Subject: eess
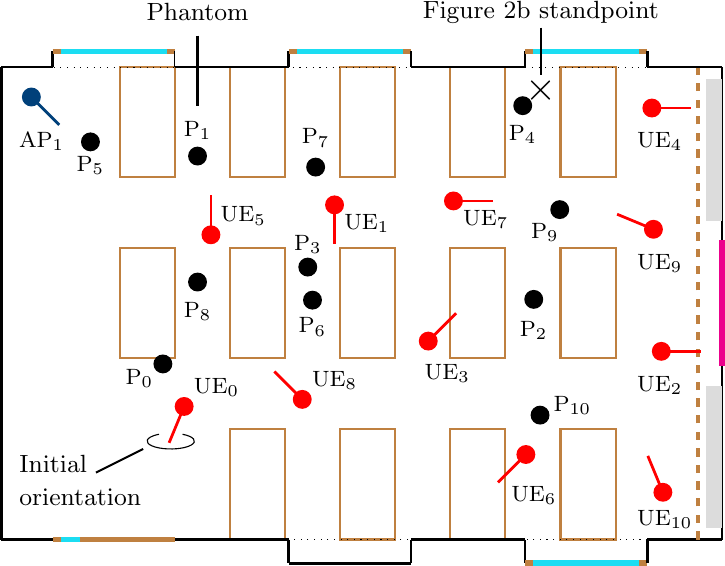
LaTeX code:
\begin{tikzpicture}[x=1cm, y=1cm]

\definecolor{blue1}{RGB}{0,64,122}
\definecolor{blue2}{RGB}{82,189,236}
\definecolor{red1}{RGB}{255, 0, 0} % - Adopted in Inkscape (looked best in
\definecolor{red2}{RGB}{238, 75, 43}
\definecolor{red3}{RGB}{220, 20, 60}

\definecolor{gray1}{RGB}{220,220,220}
\definecolor{gray2}{RGB}{140,140,140}
\definecolor{cyan1}{RGB}{27, 221, 242}
\definecolor{orange1}{RGB}{221,138,46}
\definecolor{orange2}{RGB}{232,179,3}
\definecolor{brown1}{RGB}{84,40,17}

\def\RoomLength{9.15}
\def\RoomWidth{6.00}
\def\SideWbWidth{1.80}
\def\WindowWidth{1.35}

\def\TableWidth{1.40}
\def\TableDepth{.70}
\def\TableSpacing{.70}
\def\TableOffset{1.50}
\def\EisleWidth{.90}

\def\OrientationOffset{180} % Calibrate 0 orientation to north

\def\NodeSize{0.12}

\tikzset{
    partial ellipse/.style args={#1:#2:#3}{
        insert path={+ (#1:#3) arc (#1:#2:#3)}
    }
}

\foreach \i in {0,...,4} {
    \def\y{2*\TableWidth + 2*\EisleWidth}
    \def\x{\TableOffset + \i * (\TableDepth + \TableSpacing)}
    \draw [line width=0.75, brown] ({\x}, {\y}) rectangle ++ (\TableDepth, \TableWidth);
}
\foreach \i in {0,...,4} {
    \def\y{\TableWidth + \EisleWidth}
    \def\x{\TableOffset + \i * (\TableDepth + \TableSpacing)}
    \draw [line width=0.75, brown] ({\x}, {\y}) rectangle ++ (\TableDepth, \TableWidth);
}
\foreach \i in {1,...,4} {
    \def\y{0}
    \def\x{\TableOffset + \i * (\TableDepth + \TableSpacing)}
    \draw [line width=0.75, brown] ({\x}, {\y}) rectangle ++ (\TableDepth, \TableWidth);
}

\draw [dotted] (0,0) rectangle ++ (\RoomLength, \RoomWidth);

\draw [line width=1.00, black] (0, 0) -- (0, \RoomWidth);

\draw [line width=1.00, black] (0, 0) -- (0.65, 0);
\draw [line width=2.00, brown] (0.65, 0) -- (0.75, 0);
\draw [line width=2.00, cyan1] (0.75, 0) -- (1.00, 0);
\draw [line width=2.00, brown] (1.00, 0) -- (1.10, 0);
\draw [line width=2.00, brown] (1.10, 0) -- (2.10, 0);
\draw [line width=2.00, brown] (2.10, 0) -- (2.20, 0);
\draw [line width=1.00, black] (2.20, 0) -- (3.65, 0);

\draw [line width=1.00, black] (3.65, 0) -- (3.65, -0.30);
\draw [line width=1.00, black] (3.65, -.30) -- (5.20, -0.30);
\draw [line width=1.00, black] (5.20, 0) -- (5.20, -0.30);

\draw [line width=1.00, black] (5.20, 0) -- (6.65, 0);
\draw [line width=1.00, black] (6.65, 0) -- (6.65, -0.30);
\draw [line width=2.00, brown](6.65, -0.30) -- (8.2, -0.30);
\draw [line width=2.00, cyan1] (6.75, -0.30) -- (8.1, -0.30);
\draw [line width=1.00, black] (8.2, 0) -- (8.2, -0.30);

\draw [line width=1.00, black] (8.2, 0) -- (\RoomLength, 0);

\draw [line width=1.00, black] (\RoomLength, 0) -- (\RoomLength, \RoomWidth);
\draw [line width=1.50, dashed, brown] (\RoomLength-0.30, 0) -- (\RoomLength-0.30, \RoomWidth);

\draw [line width=6.00, gray1] (\RoomLength-.10, .15) -- (\RoomLength-.10, {.15+\SideWbWidth});
\draw [line width=6.00, gray1] (\RoomLength-.10, \RoomWidth-.15) -- (\RoomLength-.10, {\RoomWidth-.15-\SideWbWidth});

\draw [line width=2.00, magenta] (\RoomLength, \RoomWidth-2.2) -- (\RoomLength, \RoomWidth-3.8);

\draw [line width=1.00, black] (0, \RoomWidth) -- (.65, \RoomWidth);

\draw [line width=1.00, black] (.65, \RoomWidth) -- (.65, \RoomWidth+.20);
\draw [line width=2.00, brown] (.65, \RoomWidth+.20) -- (2.2, \RoomWidth+.20);
\draw [line width=2.00, cyan1] (.75, \RoomWidth+.20) -- (2.10, \RoomWidth+.20);
\draw (2.2, \RoomWidth+.20) -- (2.2, \RoomWidth);

\draw [line width=1.00, black] (2.2, \RoomWidth) -- (3.65, \RoomWidth);

\draw [line width=1.00, black] (\RoomLength-5.50, \RoomWidth) -- (\RoomLength-5.50, \RoomWidth+0.20);
\draw [line width=2.00, brown] (\RoomLength-5.50, \RoomWidth+.20) -- (\RoomLength-3.95, \RoomWidth+.20);
\draw [line width=2.00, cyan1] (\RoomLength-5.40, \RoomWidth+.20) -- (\RoomLength-4.05, \RoomWidth+.20);
\draw [line width=1.00, black] (\RoomLength-3.95, \RoomWidth) -- (\RoomLength-3.95, \RoomWidth+.20);

\draw [line width=1.00, black] (\RoomLength-3.95, \RoomWidth) -- (\RoomLength-2.50, \RoomWidth);

\draw [line width=1.00, black] (\RoomLength-2.50, \RoomWidth) -- (\RoomLength-2.50, \RoomWidth+0.20);
\draw [line width=2.00, brown] (\RoomLength-2.50, \RoomWidth+0.20) -- (\RoomLength-.95, \RoomWidth+0.20);
\draw [line width=2.00, cyan1] (\RoomLength-2.40, \RoomWidth+0.20) -- (\RoomLength-1.05, \RoomWidth+0.20);
\draw [line width=1.00, black] (\RoomLength-.95, \RoomWidth) -- (\RoomLength-.95, \RoomWidth+0.20);

\draw [line width=1.00, black] (\RoomLength-.95, \RoomWidth) -- (\RoomLength, \RoomWidth);

\fill[black] (\RoomLength-7.10, 2.23) circle (\NodeSize);
\node[black] at (\RoomLength-7.40, 2.05) {\footnotesize P$_0$};

\fill[black] (\RoomLength-6.66, 4.87) circle (\NodeSize);
\node[black] at (\RoomLength-6.66, 5.2) {\footnotesize P$_1$};

\fill[black] (\RoomLength-2.39, 3.05) circle (\NodeSize);
\node[black] at (\RoomLength-2.39, 2.65) {\footnotesize P$_2$};

\fill[black] (\RoomLength-5.26, 3.46) circle (\NodeSize);
\node[black] at (\RoomLength-5.26, 3.75) {\footnotesize P$_3$};

\fill[black] (\RoomLength-2.53, 5.51) circle (\NodeSize);
\node[black] at (\RoomLength-2.53, 5.15) {\footnotesize P$_4$};

\fill[black] (\RoomLength-8.02, 5.05) circle (\NodeSize);
\node[black] at (\RoomLength-8.02, 4.75) {\footnotesize P$_5$};

\fill[black] (\RoomLength-5.20, 3.04) circle (\NodeSize);
\node[black] at (\RoomLength-5.20, 2.7) {\footnotesize P$_6$};

\fill[black] (\RoomLength-5.16, 4.73) circle (\NodeSize);
\node[black] at (\RoomLength-5.16, 5.1) {\footnotesize P$_7$};

\fill[black] (\RoomLength-6.66, 3.27) circle (\NodeSize);
\node[black] at (\RoomLength-6.66, 2.9) {\footnotesize P$_8$};

\fill[black] (\RoomLength-2.06, 4.19) circle (\NodeSize);
\node[black] at (\RoomLength-2.25, 3.9) {\footnotesize P$_9$};

\fill[black] (\RoomLength-2.31, 1.58) circle (\NodeSize);
\node[black] at (\RoomLength-1.9, 1.7) {\footnotesize P$_{10}$};

\draw[blue1, line width = 1.00] (\RoomLength-8.77, 5.62) -- ++ ({225*(-1)+\OrientationOffset}:0.50);
\fill[fill=blue1] (\RoomLength-8.77, 5.62) circle (\NodeSize);
\node[black, anchor=north west] at (\RoomLength-9.05, 5.3) {\footnotesize AP$_1$};

\fill[red1] (\RoomLength-6.83, 1.69) circle (\NodeSize) node[black, anchor=south west]{\footnotesize UE$_0$};
\draw[red1, line width = 1.00] (\RoomLength-6.83, 1.69) -- ++ ({292.5*(-1)+\OrientationOffset}:0.50);

\fill[red1] (\RoomLength-4.92, 4.25) circle (\NodeSize) node[black, anchor=north west]{\footnotesize UE$_1$};
\draw[red1, line width = 1.00] (\RoomLength-4.92, 4.25) -- ++ ({270*(-1)+\OrientationOffset}:0.50);

\fill[red1] (\RoomLength-0.77, 2.39) circle (\NodeSize);
\node[black, anchor=north west] at (\RoomLength-1.2, 2.2) {\footnotesize UE$_2$};
\draw[red1, line width = 1.00] (\RoomLength-0.77, 2.39) -- ++ ({180*(-1)+\OrientationOffset}:0.50);

\fill[red1] (\RoomLength-3.73, 2.52) circle (\NodeSize);
\node[black, anchor=north west] at (\RoomLength-3.9, 2.35) {\footnotesize UE$_3$};
\draw[red1, line width = 1.00] (\RoomLength-3.73, 2.52) -- ++ ({135*(-1)+\OrientationOffset}:0.50);

\fill[red1] (\RoomLength-0.89, 5.48) circle (\NodeSize);
\node[black, anchor=north west] at (\RoomLength-1.2, 5.3) {\footnotesize UE$_4$};
\draw[red1, line width = 1.00] (\RoomLength-0.89, 5.48) -- ++ ({180*(-1)+\OrientationOffset}:0.50);

\fill[red1] (\RoomLength-6.49, 3.87) circle (\NodeSize) node[black, anchor=south west]{\footnotesize UE$_5$};
\draw[red1, line width = 1.00] (\RoomLength-6.49, 3.87) -- ++ ({90*(-1)+\OrientationOffset}:0.50);

\fill[red1] (\RoomLength-2.49, 1.08) circle (\NodeSize);
\node[black, anchor=north west] at (\RoomLength-2.8, 0.8) {\footnotesize UE$_6$};
\draw[red1, line width = 1.00] (\RoomLength-2.49, 1.08) -- ++ ({315*(-1)+\OrientationOffset}:0.50);

\fill[red1] (\RoomLength-3.41, 4.30) circle (\NodeSize) node[black, anchor=north west]{\footnotesize UE$_7$};
\draw[red1, line width = 1.00] (\RoomLength-3.41, 4.30) -- ++ ({180*(-1)+\OrientationOffset}:0.50);

\fill[red1] (\RoomLength-5.33, 1.78) circle (\NodeSize) node[black, anchor=south west]{\footnotesize UE$_8$};
\draw[red1, line width = 1.00] (\RoomLength-5.33, 1.78) -- ++ ({45*(-1)+\OrientationOffset}:0.50);

\fill[red1] (\RoomLength-0.87, 3.94) circle (\NodeSize);
\node[black, anchor=north west] at (\RoomLength-1.2, 3.75) {\footnotesize UE$_9$};
\draw[red1, line width = 1.00] (\RoomLength-0.87, 3.94) -- ++ ({22.5*(-1)+\OrientationOffset}:0.50);

\fill[red1] (\RoomLength-0.75, 0.60) circle (\NodeSize);
\node[black, anchor=north west] at (\RoomLength-1.2, 0.50) {\footnotesize UE$_{10}$};
\draw[red1, line width = 1.00] (\RoomLength-0.75, 0.60) -- ++ ({67.5*(-1)+\OrientationOffset}:0.50);

\node[black] at (\RoomLength-2.3, \RoomWidth + 0.7) {\small Figure 2b standpoint};
\node[black] at (\RoomLength-2.3, 5.7) {\Large $\times$};
\draw[black, line width = 0.75] (\RoomLength-2.3, \RoomWidth + 0.5) -- (\RoomLength-2.3, 5.9);

\node[black] at (\RoomLength-6.66,\RoomWidth + 0.7) {\small Phantom};
\draw[black, line width = 0.75] (\RoomLength-6.66, \RoomWidth + 0.4) -- (\RoomLength-6.66, 5.5);

\node[black, align=left] at (1.0,0.75) {\small Initial \\ \small orientation};
\draw[black, line width = 0.75] (1.2,0.85) -- (1.8,1.15);
\draw[black] (2.15,1.25) [partial ellipse=420:120:3mm and 1mm];

\end{tikzpicture}